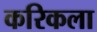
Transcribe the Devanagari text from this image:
करिकला